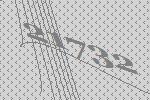
21732